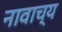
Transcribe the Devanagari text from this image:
नावाच्य